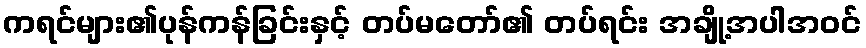
ကရင်များ၏ပုန်ကန်ခြင်းနှင့် တပ်မတော်၏ တပ်ရင်း အချို့အပါအဝင်